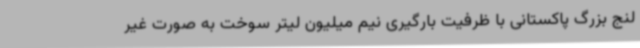
لنج بزرگ پاکستانی با ظرفیت بارگیری نیم میلیون لیتر سوخت به صورت غیر